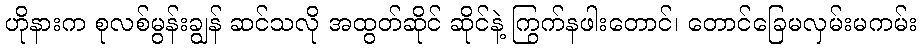
ဟိုနားက စုလစ်မွန်းချွန် ဆင်သလို အထွတ်ဆိုင် ဆိုင်နဲ့ ကြွက်နဖါးတောင်၊ တောင်ခြေမလှမ်းမကမ်း